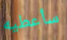
سأعطيه